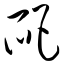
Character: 爬